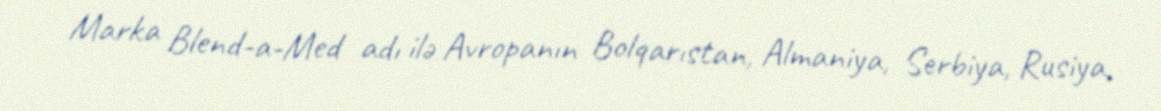
Marka Blend-a-Med adı ilə Avropanın Bolqarıstan, Almaniya, Serbiya, Rusiya,